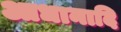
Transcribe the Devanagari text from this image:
आधानादि